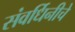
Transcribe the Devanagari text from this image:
संवर्धिनीचे